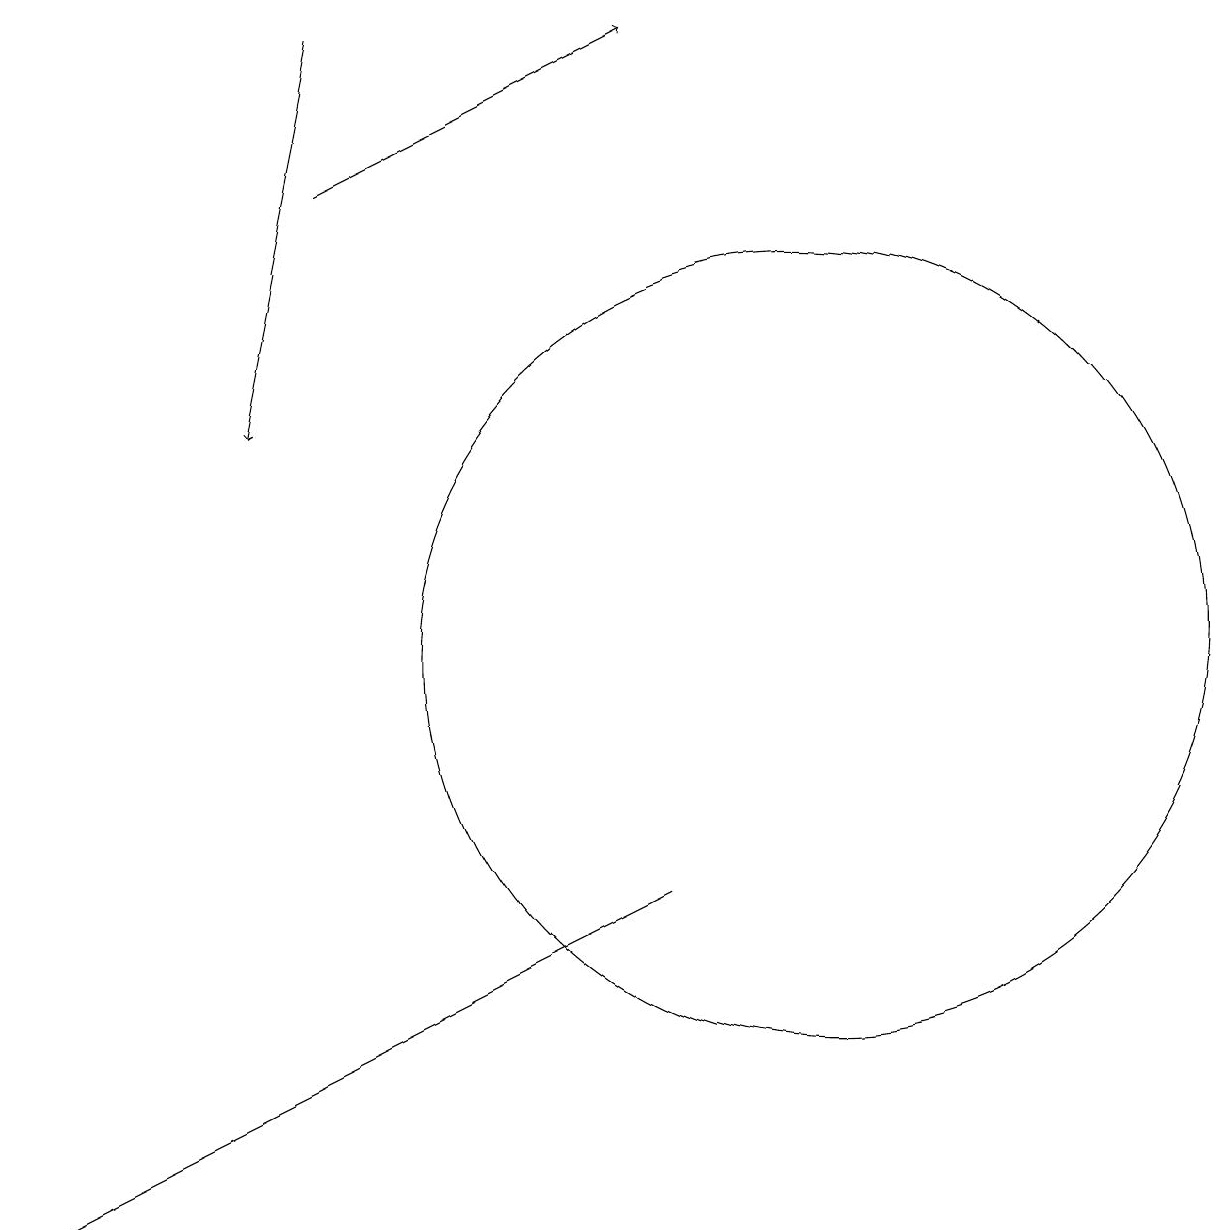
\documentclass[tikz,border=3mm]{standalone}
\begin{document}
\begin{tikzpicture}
\draw (8,8) -- (0,4) -- (4,6) -- cycle;
\draw[->] (4,19) -- (3,14);
\draw[->] (4,17) -- (8,19);
\draw (10,11) circle (5);
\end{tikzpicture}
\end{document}